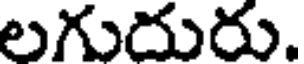
లగుదురు.